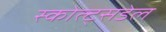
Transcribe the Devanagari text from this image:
स्कोत्ट्सडेल